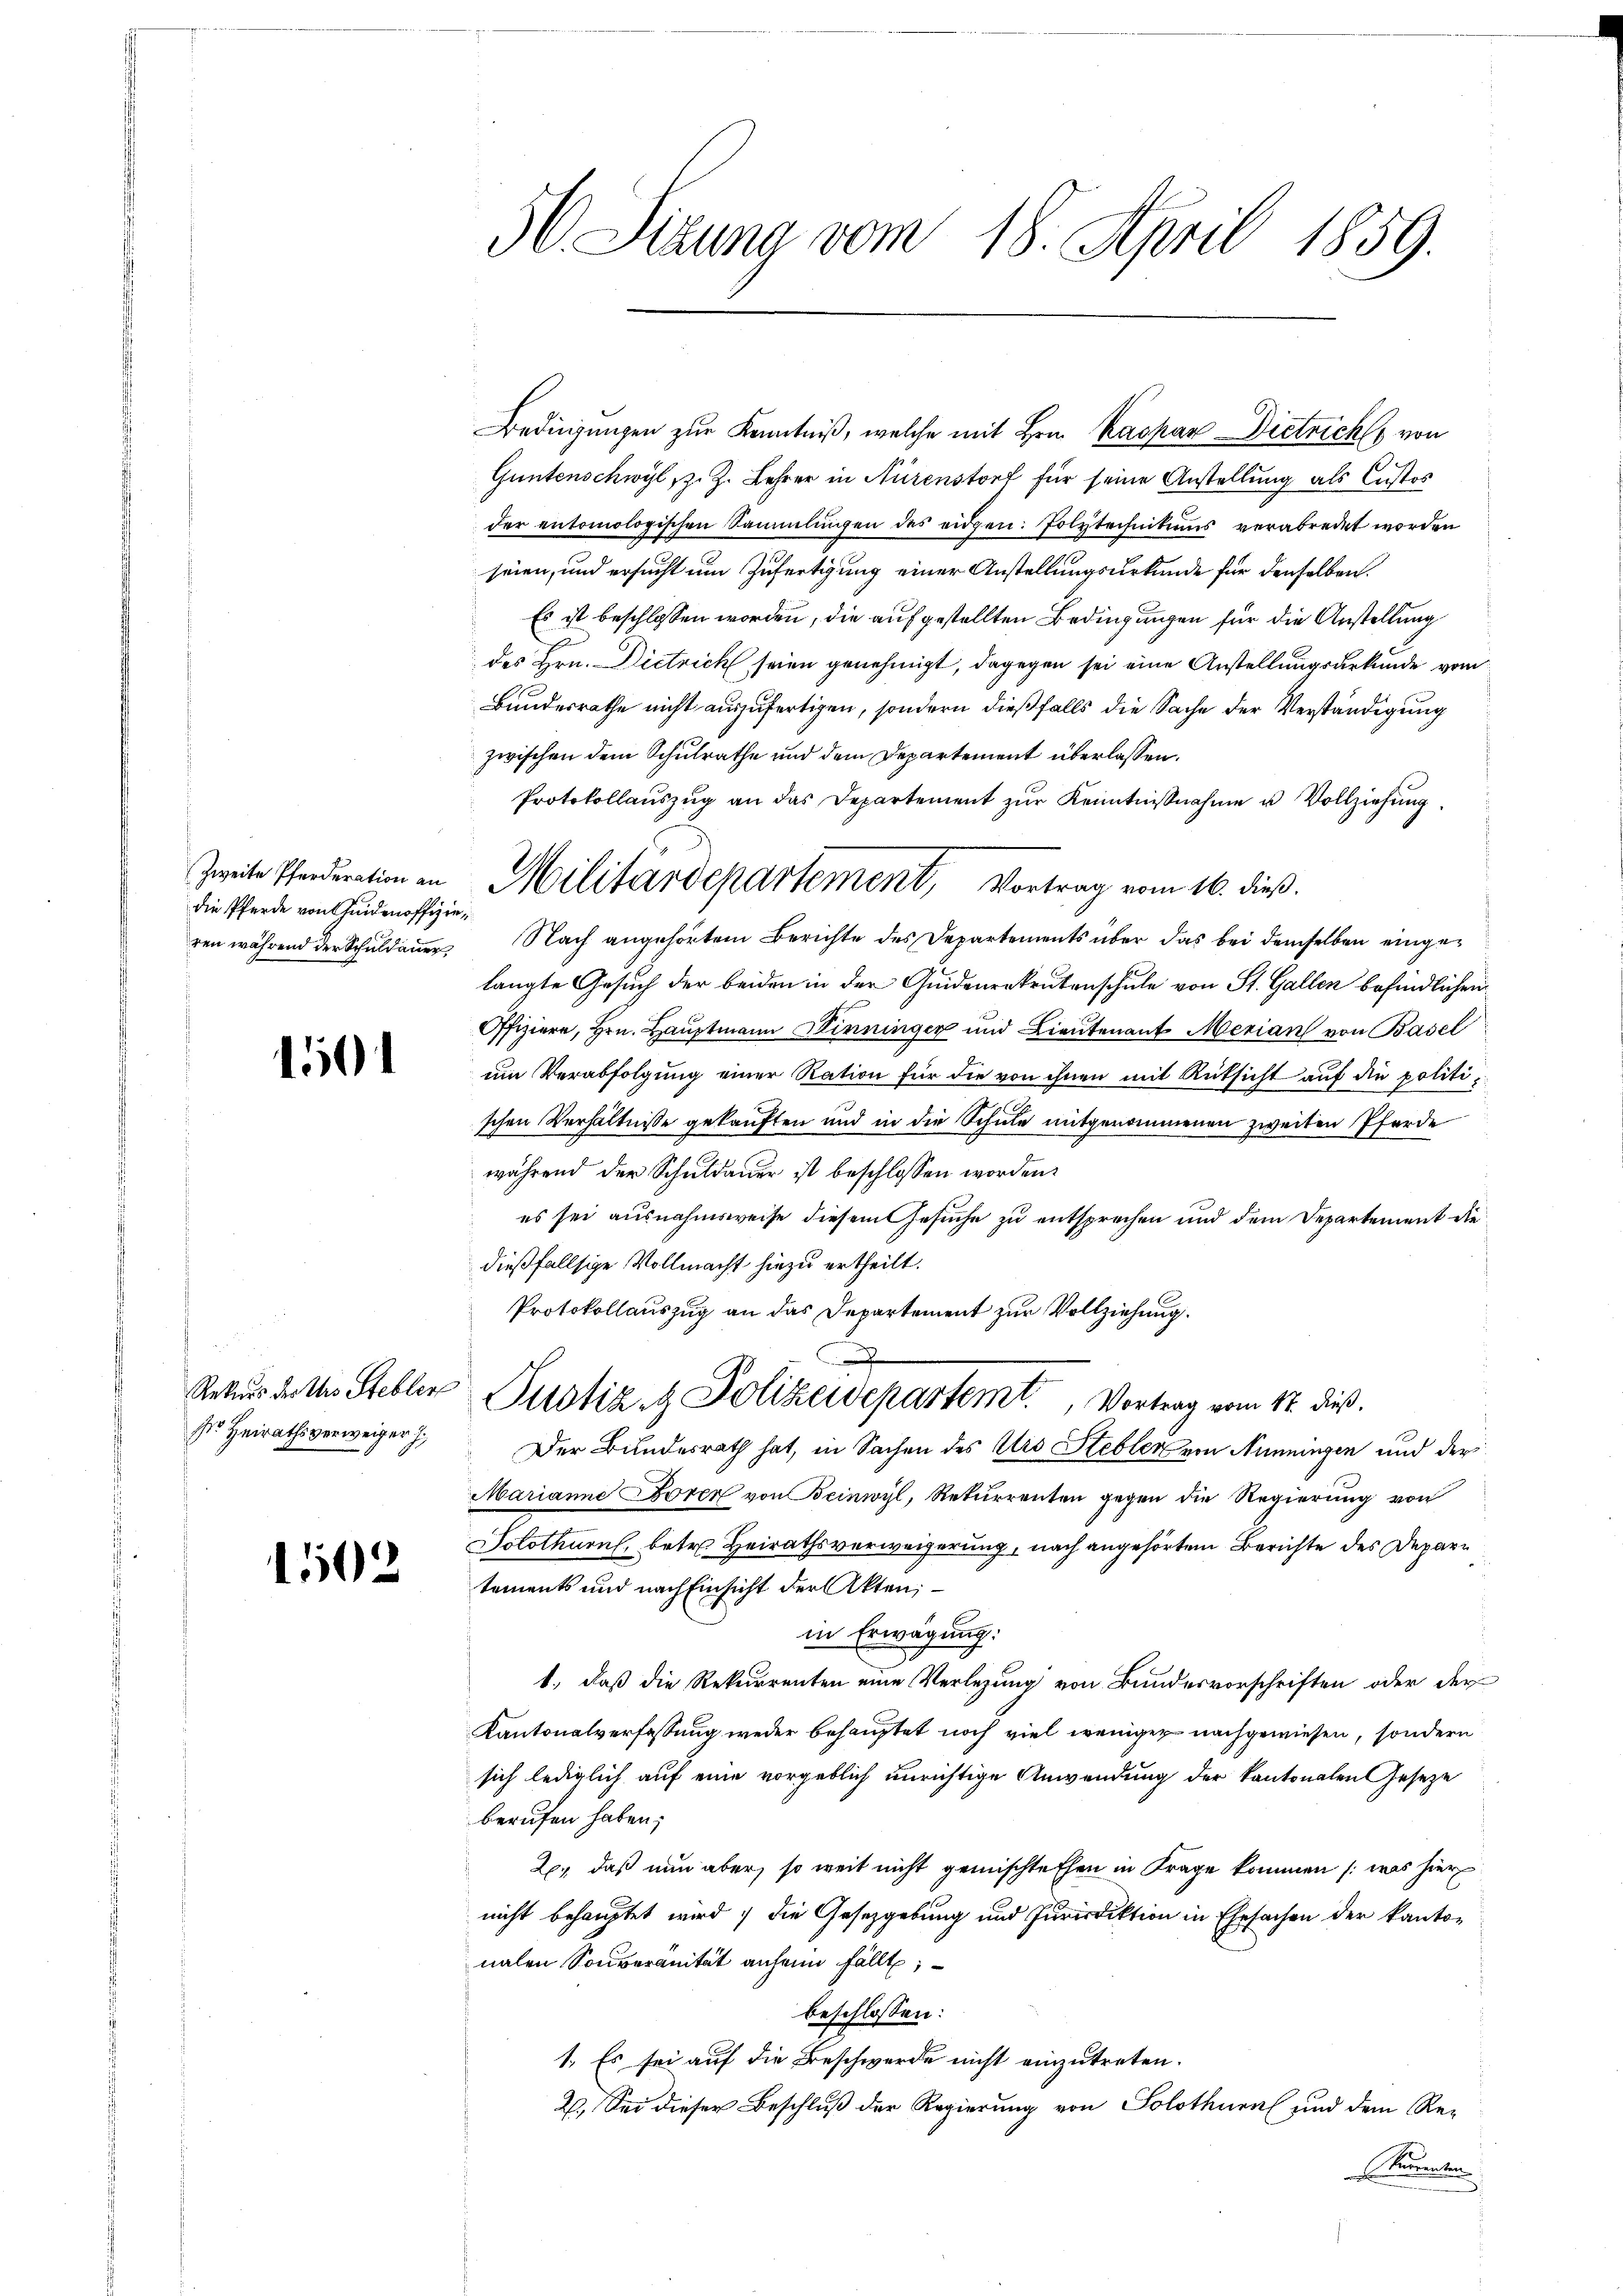
die Pferde von Heidenoffizie¬

1501

s. Heirathsverweiger J

1502

56. Sizung vom 18. April 1859.

Bedingungen zur Kenntniß, welche mit Hrn. Kaspar Dietricht von
Güntenschwyl, z. Z. Lehrer in Nürenstorf für seine Anstellung als Custos
der entomologischen Sammlungen des eidgen: Polytechnikums verabredet worden
seien, und ersucht um Zufertigung einer Anstellungsurkunde für denselben.
Es ist beschlossen worden, die aufgestellten Bedingungen für die Anstellung
des Hrn. Dietrich seien genehmigt, dagegen sei eine Anstellungsurkunde vom
Bundesrathe nicht auszufertigen, sondern dießfalls die Sache der Verständigung
zwischen dem Schulrathe und dem Departement überlassen.
Protokollaŭszŭg an das Departement zŭr Kenntniβnahme u. Vollziehŭng.
ren während der Schuldauer Nach angehörtem Berichte des Departements über das bei demselben eingelangte Gesuch der beiden in der Quidenrekrutenschule von St. Gallen befindlichen
Offiziere, Hrn. Hauptmann Kinninger und Lieutenant Merian von Basel
um Verabfolgung einer Ration für die von ihnen mit Rüksicht auf die politischen Verhältnisse gekauften und in die Schule mitgenommenen zweiten Pferde
während der Schuldauer ist beschlossen worden.
es sei ausnahmsweise diesem Gesuche zu entsprechen und dem Departement die
dießfallsige Vollmacht hiezu ertheilt.
Protokollauszug an das Departement zur Vollziehung.
Rekurs dettes Stebler Justiz- & Polizeidepartemt. Vortrag vom 12. dieß.
Der Bundesrath hat, in Sachen des Urs Stebler von Nünningen und der
Marianne Foren von Beinwyl, Rekurrenten gegen die Regierung von
Solothurn, betr. Heirathsverweigerung, nach angehörtem Berichte des Departements und nach Einsicht der Akten;
in Erwägung:
1., daß die Rekurrenten eine Verlegung von Bundesvorschriften oder der
Kantonalverfassung weder behauptet noch viel weniger nachgewiesen, sondern
sich lediglich auf eine vorgeblich unrichtige Anwendung der kantonalen Geseze
berufen haben;
2., daß nun aber, so weit nicht gemischte Ehen in Frage kommen (was hier
nicht behauptet wird, die Gesetzgebung und Jurisdiktion in Ehesachen der kanton
nalen Souveranität anheim fällt,
beschlossen:
1. Es sei auf die Beschwerde nicht einzutreten.
2. Sei dieser Beschluß der Regierung von Solothurn und dem Reuenten

Zweite Pferderation an Militärdepartement, Vortrag vom 16. dieß.